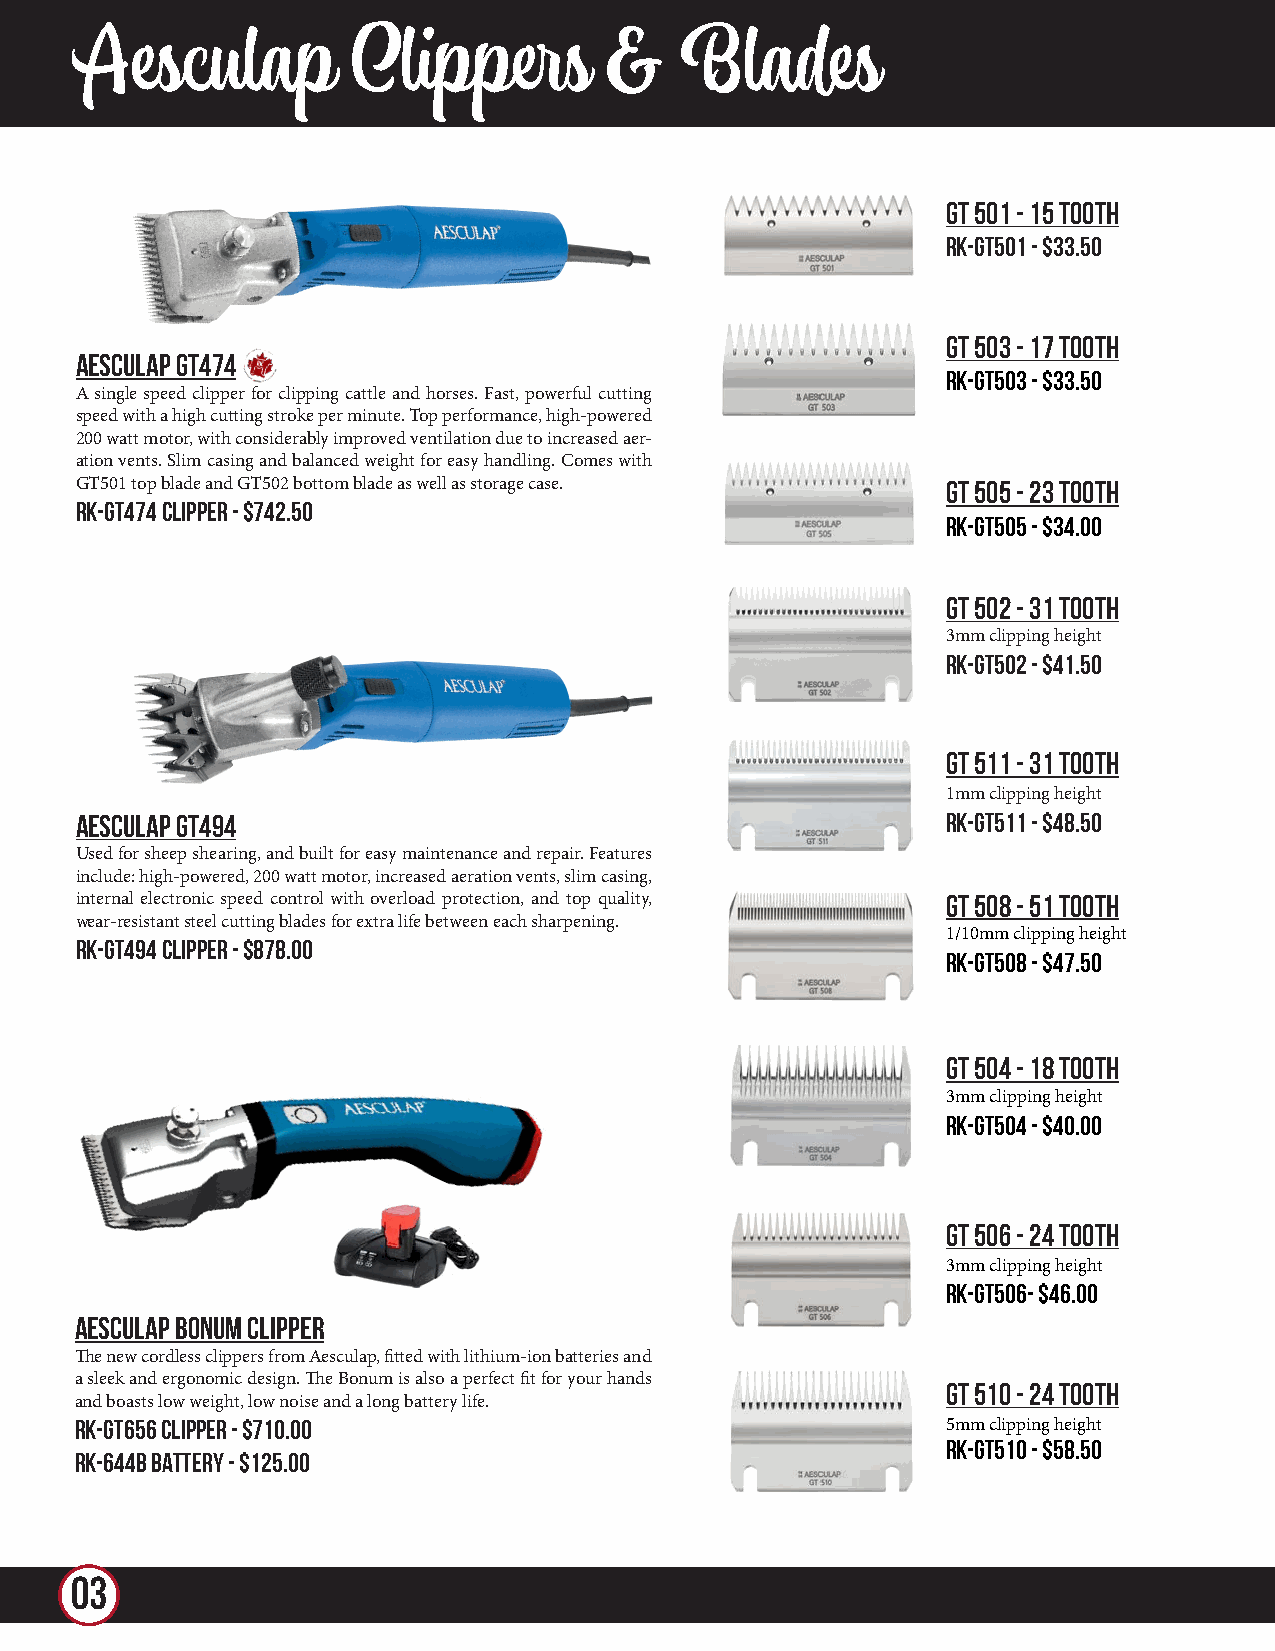
Aesculap          Clippers         &    Blades
 GT 501 - 15 TOOTH
 RK-GT501 - $33.50
 GT 503 - 17 TOOTH
 AESCULAP GT474
 RK-GT503 - $33.50
 A single speed clipper for clipping cattle and horses. Fast, powerful cutting
 speed with a high cutting stroke per minute. Top performance, high-powered
 200 watt motor, with considerably improved ventilation due to increased aer-
 ation vents. Slim casing and balanced weight for easy handling. Comes with
 GT501 top blade and GT502 bottom blade as well as storage case. GT 505 - 23 TOOTH
 RK-GT474 CLIPPER - $742.50
 RK-GT505 - $34.00
 GT 502 - 31 TOOTH
 3mm clipping height
 RK-GT502 - $41.50
 GT 511 - 31 TOOTH
 1mm clipping height
 AESCULAP GT494                                            RK-GT511 - $48.50
 Used for sheep shearing, and built for easy maintenance and repair. Features
 include: high-powered, 200 watt motor, increased aeration vents, slim casing,
 internal electronic speed control with overload protection, and top quality, GT 508 - 51 TOOTH
 wear-resistant steel cutting blades for extra life between each sharpening.
 1/10mm clipping height
 RK-GT494 CLIPPER - $878.00
 RK-GT508 - $47.50
 GT 504 - 18 TOOTH
 3mm clipping height
 RK-GT504 - $40.00
 GT 506 - 24 TOOTH
 3mm clipping height
 RK-GT506- $46.00
 AESCULAP Bonum Clipper
 The new cordless clippers from Aesculap, fitted with lithium-ion batteries and
 a sleek and ergonomic design. The Bonum is also a perfect fit for your hands
 GT 510 - 24 TOOTH
 and boasts low weight, low noise and a long battery life.
 RK-GT656 Clipper - $710.00                                5mm clipping height
 RK-GT510 - $58.50
 RK-644B BATTERY - $125.00
 03